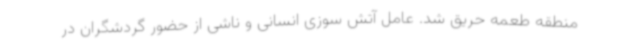
منطقه طعمه حریق شد. عامل آتش سوزی انسانی و ناشی از حضور گردشگران در